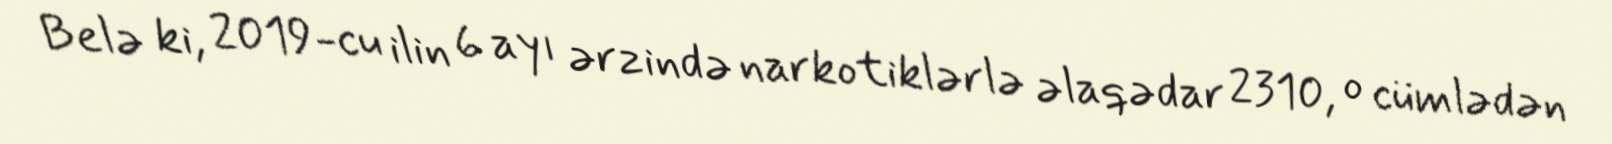
Belə ki, 2019-cu ilin 6 ayı ərzində narkotiklərlə əlaqədar 2310, o cümlədən